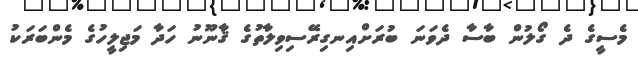
މެސީގެ ދެ ގޯލުން ބާސާ ދެވަނަ ބުރަށްއިނގިރޭސިވިލާތުގެ ޤާނޫނު ހަދާ މަޖިލީހުގެ މެންބަރަކު